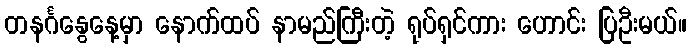
တနင်္ဂနွေနေ့မှာ နောက်ထပ် နာမည်ကြီးတဲ့ ရုပ်ရှင်ကား ဟောင်း ပြဦးမယ်။